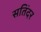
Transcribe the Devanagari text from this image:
सतिंदर